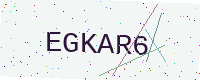
Text: EGKAR6